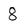
Character: 8